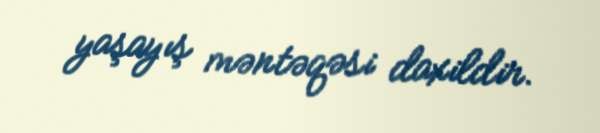
yaşayış məntəqəsi daxildir.